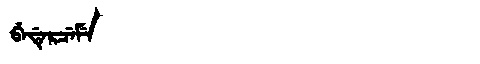
Manchu: ᠪᡝᡩᡝᡵᠴᡝᠮᡝ
Romanization: BEDERCEME